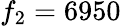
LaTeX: f_{2}=6950